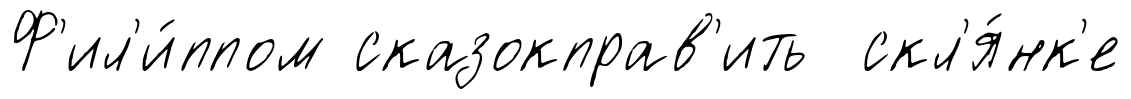
Ф'ил'и́ппом сказокправ'ить скл'я́нк'е